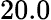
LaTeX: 20.0